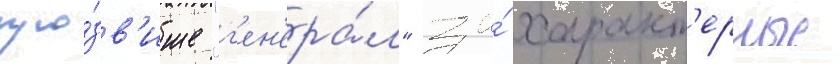
про́зв'ище "г'ен'ера́л" за́ характ'ерные